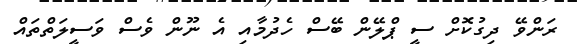
ރަންވޭ ދިގުކޮށް ސީ ޕްލޭން ބޭސް ހެދުމާއި އެ ނޫން ވެސް ވަސީލަތްތައް